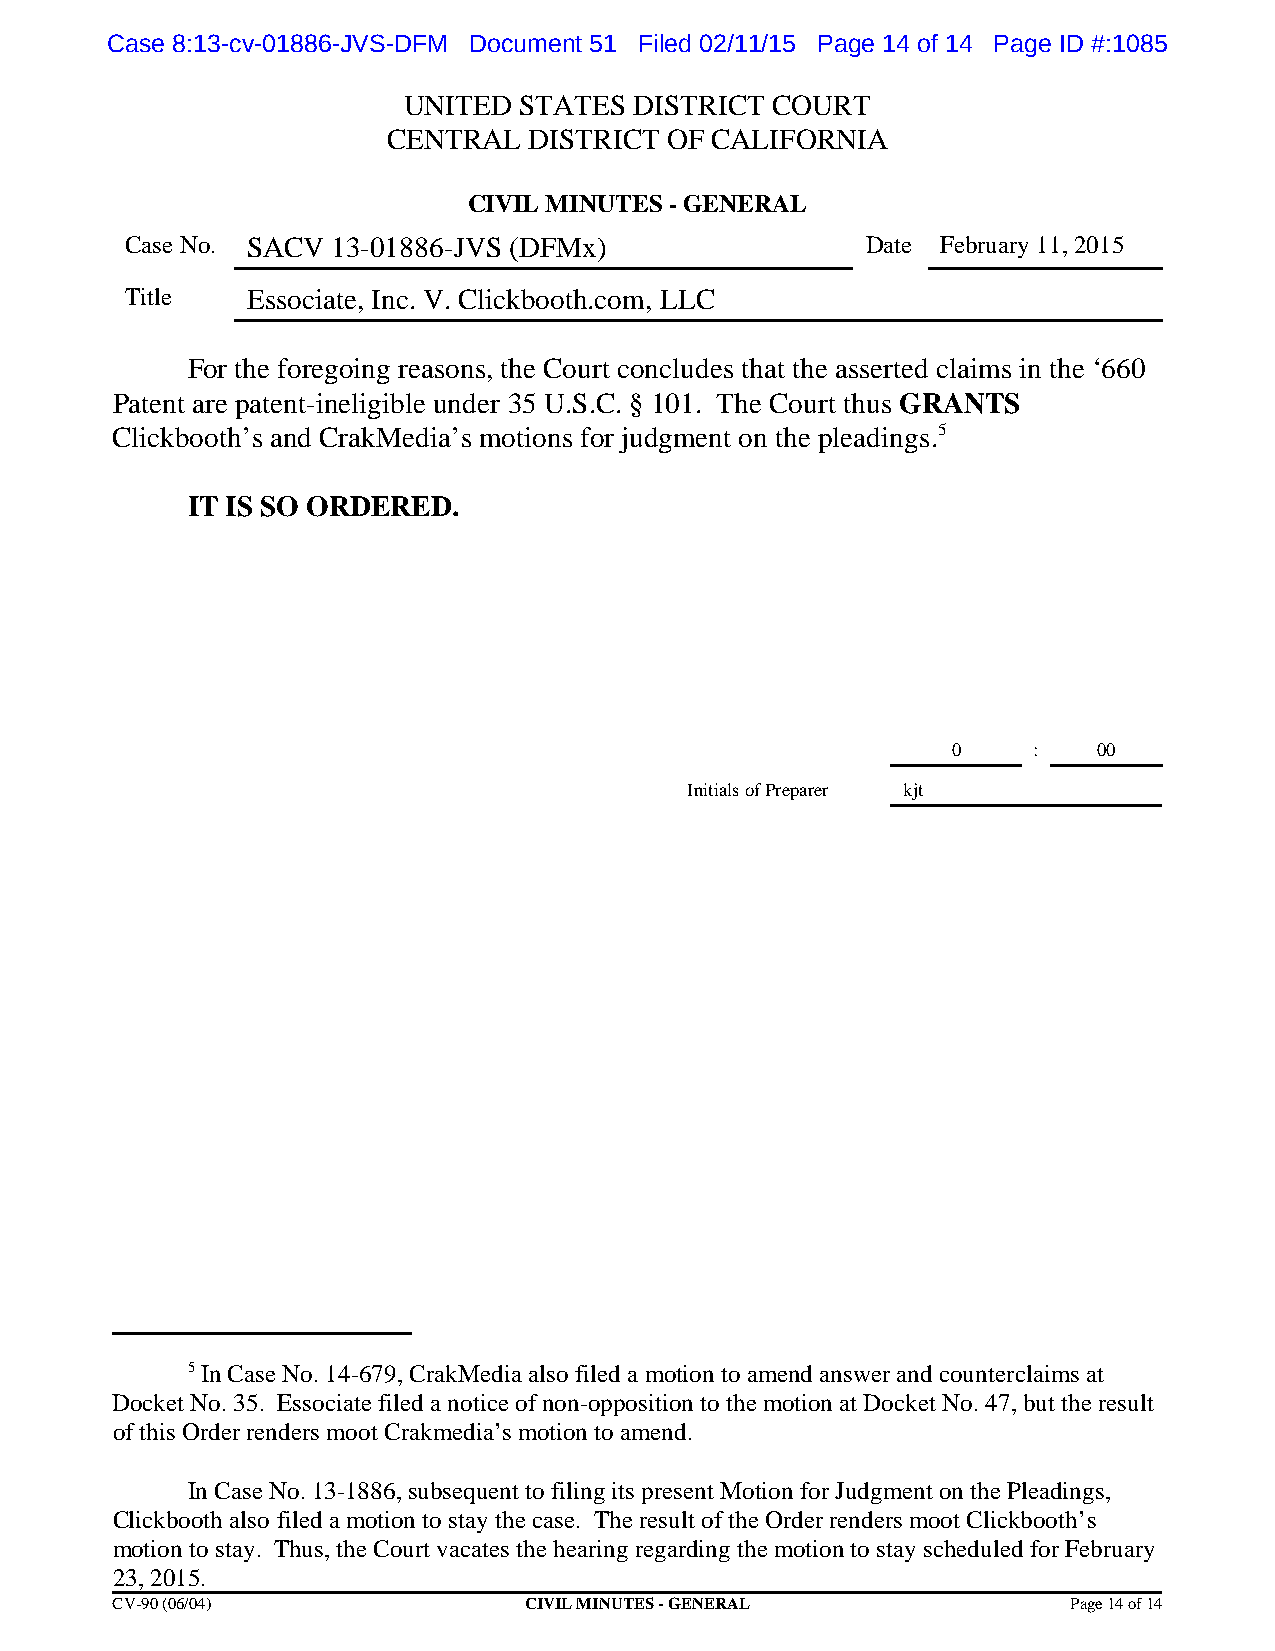
Case 8:13-cv-01886-JVS-DFM Document 51 Filed 02/11/15 Page 14 of 14 Page ID #:1085
 UNITED STATES  DISTRICT COURT
 CENTRAL  DISTRICT OF CALIFORNIA
 CIVIL MINUTES - GENERAL
 Case No. SACV 13-01886-JVS (DFMx)                Date February 11, 2015
 Title   Essociate, Inc. V. Clickbooth.com, LLC
 For the foregoing reasons, the Court concludes that the asserted claims in the ‘660
 Patent are patent-ineligible under 35 U.S.C. § 101. The Court thus GRANTS
 Clickbooth’s and CrakMedia’s motions for judgment on the pleadings.5
 IT IS SO ORDERED.
 0    :    00
 Initials of Preparer kjt
 5 In Case No. 14-679, CrakMedia also filed a motion to amend answer and counterclaims at
 Docket No. 35. Essociate filed a notice of non-opposition to the motion at Docket No. 47, but the result
 of this Order renders moot Crakmedia’s motion to amend.
 In Case No. 13-1886, subsequent to filing its present Motion for Judgment on the Pleadings,
 Clickbooth also filed a motion to stay the case. The result of the Order renders moot Clickbooth’s
 motion to stay. Thus, the Court vacates the hearing regarding the motion to stay scheduled for February
 23, 2015.
 CV-90 (06/04)               CIVIL MINUTES - GENERAL             Page 14 of 14